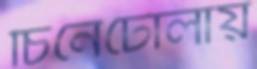
চিনেটোলায়